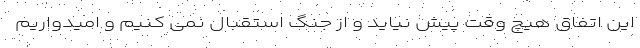
این اتفاق هیچ وقت پیش نیاید و از جنگ استقبال نمی کنیم و امیدواریم